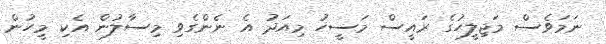
ނަމަވެސް މަޖިލީހުގެ ރައީސް މަސީހު މިއަދު އެ ނެންގެވި މިސާލުން އެކި މީހުން